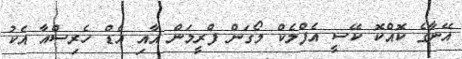
އޭނާގެ ކޮއްކޮ ކޭސީ އެފްލެކް މޯގަން ފްރީމަން އާއި އެޑް ހެރިސްއާ އެކު